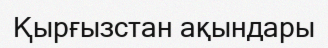
Қырғызстан ақындары